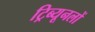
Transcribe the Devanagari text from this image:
ट्रिब्यूनलों